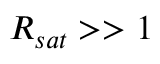
R _ { s a t } > > 1